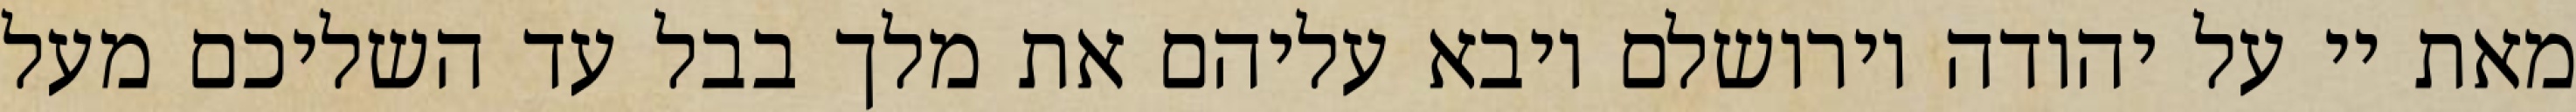
מאת יי על יהודה וירושלם ויבא עליהם את מלך בבל עד השליכם מעל